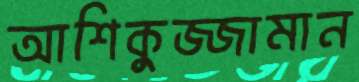
আশিকুজ্জামান